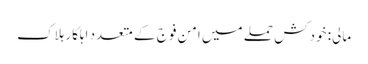
مالی: خودکش حملے میں امن فوج کے متعدد اہلکار ہلاک